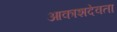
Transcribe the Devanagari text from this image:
आकाशदेवता